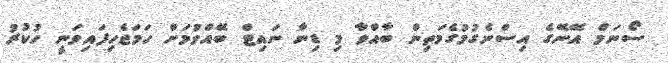
ސޯނަމް އޭނޭގެ އިސްނެގުމުގެމަތިން ބާއްވާ މި ޑިނާ ނައިޓް ބޭއްވުމަށް ހަމަޖެހިފައިވަނީ ހުކުރު